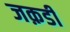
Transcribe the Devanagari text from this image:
जक़डी